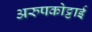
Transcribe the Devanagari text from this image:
अरुपकोट्टाई